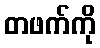
တဖက်ကို